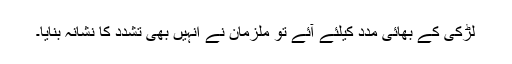
لڑکی کے بھائی مدد کیلئے آئے تو ملزمان نے انہیں بھی تشدد کا نشانہ بنایا۔